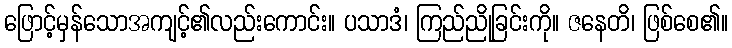
ဖြောင့်မှန်သောအကျင့်၏လည်းကောင်း။ ပသာဒံ၊ ကြည်ညိုခြင်းကို။ ဇနေတိ၊ ဖြစ်စေ၏။